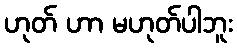
ဟုတ် ဟာ မဟုတ်ပါဘူး